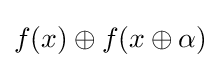
f(x)\oplus f(x\oplus \alpha )